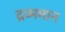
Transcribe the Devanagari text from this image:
द्रव्ममान